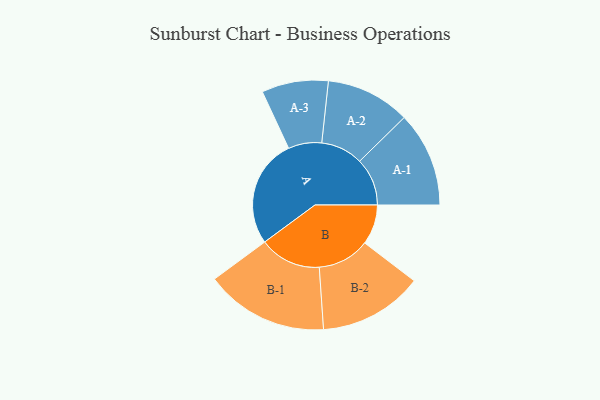
{"axis": {"x": "Segment", "y": "Value"}, "legend": ["", "A", "B"], "data": [{"x": "A", "y": 456, "type": ""}, {"x": "B", "y": 168, "type": ""}, {"x": "A-1", "y": 200, "type": "A"}, {"x": "A-2", "y": 177, "type": "A"}, {"x": "A-3", "y": 140, "type": "A"}, {"x": "B-1", "y": 259, "type": "B"}, {"x": "B-2", "y": 219, "type": "B"}]}